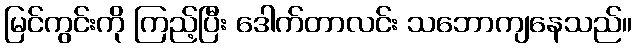
မြင်ကွင်းကို ကြည့်ပြီး ဒေါက်တာလင်း သဘောကျနေသည်။